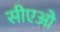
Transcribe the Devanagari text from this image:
सीएओ